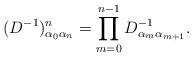
LaTeX: \begin{align*}(D^{-1})^n_{\alpha_0 \alpha_n}=\prod_{m=0}^{n-1}D^{-1}_{\alpha_m\alpha_{m+1}}.\end{align*}